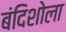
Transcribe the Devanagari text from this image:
बंदिशोला